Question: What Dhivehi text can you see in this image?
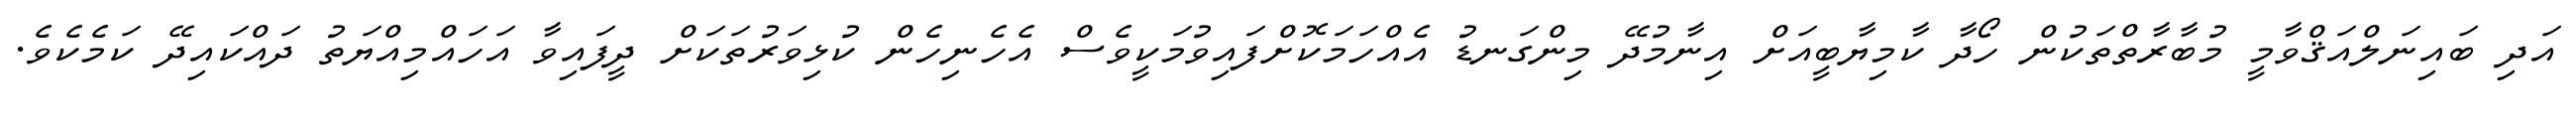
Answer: އަދި ބައިނަލްއަޤްވާމީ މުބާރާތްތަކުން ހޯދާ ކާމިޔާބީއަށް އިނާމުދޭ މިންގަނޑު އެއްހަމަކޮށްފައިވުމަކީވެސް އެހެނިހެން ކުޅިވަރުތަކަށް ދީފައިވާ އަހައްމިއްޔަތު ދައްކައިދޭ ކަމެކެވެ.